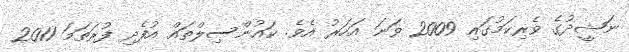
ނަޝީދުގެ ވެރިކަމުގައި 2009 ވަނަ އަހަރު އެވެ. ކައުންސިލްތައް އުފެދި ފުރަތަމަ 2011